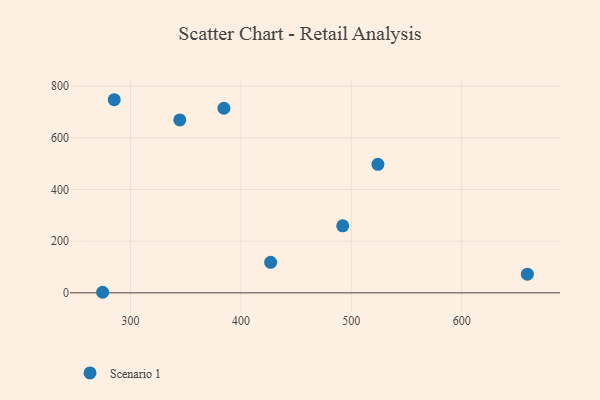
{"axis": {"x": "Experience", "y": "Fuel Efficiency"}, "legend": ["Scenario 1"], "data": [{"x": "344.6", "y": 669.1, "type": "Scenario 1"}, {"x": "524.1", "y": 497.4, "type": "Scenario 1"}, {"x": "384.6", "y": 714.4, "type": "Scenario 1"}, {"x": "426.9", "y": 118.0, "type": "Scenario 1"}, {"x": "274.7", "y": 2.2, "type": "Scenario 1"}, {"x": "659.5", "y": 72.1, "type": "Scenario 1"}, {"x": "492.2", "y": 259.2, "type": "Scenario 1"}, {"x": "285.2", "y": 747.4, "type": "Scenario 1"}]}